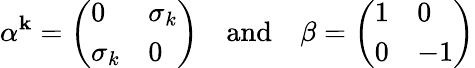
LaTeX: \alpha^{\mathbf{k}}=\left(\begin{array}{ll}{{0}}&{{\sigma_{k}}}\\ {{\sigma_{k}}}&{{0}}\end{array}\right)\mathrm{{~~~~and~~~~}}\beta=\left(\begin{array}{ll}{{1}}&{{0}}\\ {{0}}&{{-1}}\end{array}\right)